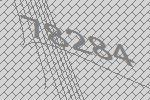
78284